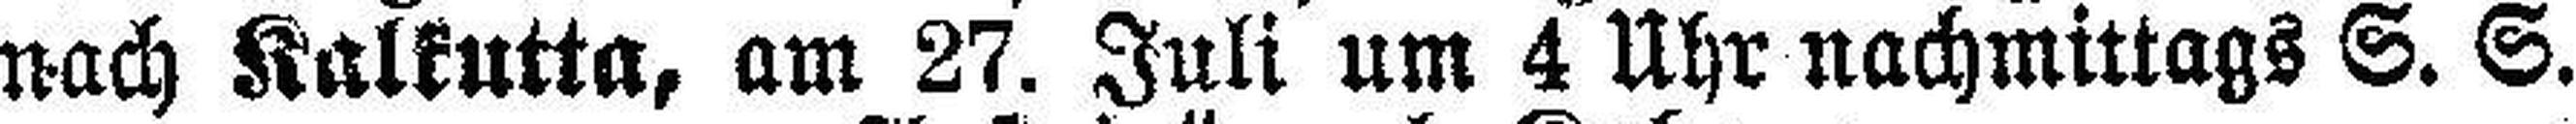
nach Kalkutta, am 27. Juli um 4 Uhr nachmittags S. S.